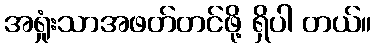
အရှုံးသာအဖတ်တင်ဖို့ ရှိပါ တယ်။